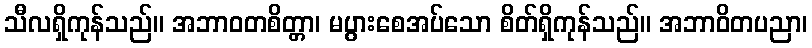
သီလရှိကုန်သည်။ အဘာဝတစိတ္တာ၊ မပွားစေအပ်သော စိတ်ရှိကုန်သည်။ အဘာဝိတပညာ၊